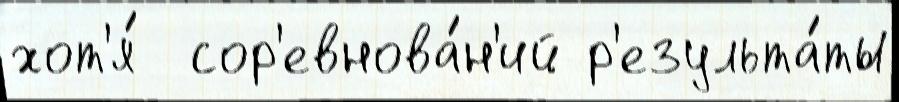
хот'я́  сор'евнова́н'ий р'езульта́ты